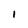
Character: I